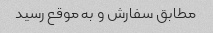
مطابق سفارش و به موقع رسید